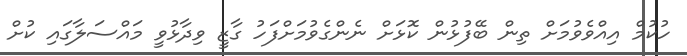
ހުކުމް އިއްވެވުމަށް ތިން ބޭފުޅުން ކޮޅަށް ނެންގެވުމަށްފަހު ގާޒީ ވިދާޅުވީ މައްސަލާގައި ކުށް